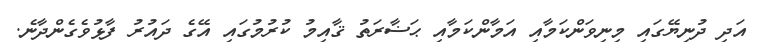
އަދި ދުނިޔޭގައި މިނިވަންކަމާއި އަމާންކަމާއި ޙަޟާރަތު ޤާއިމު ކުރުމުގައި އޭގެ ދައުރު ފާޅުވެގެންދާނެ.